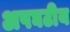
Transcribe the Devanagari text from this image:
अपघटीय